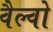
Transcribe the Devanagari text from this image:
वैल्वो